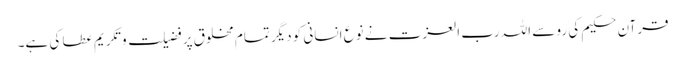
قرآن حکیم کی رو سے اللہ رب العزت نے نوعِ انسانی کو دیگر تمام مخلوق پر فضیلت و تکریم عطا کی ہے۔